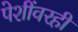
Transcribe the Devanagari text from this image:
पेशींवरही